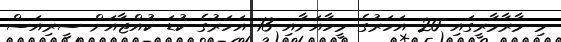
މި މާރާމާރީގައި 20 އަހަރުގެ މީހާއަށާއި 13 އަހަރުގެ ކުޑަ ކުއްޖާއަށް ސީރިއަސް